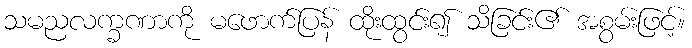
သမညလက္ခဏာကို မဖောက်ပြန် ထိုးထွင်း၍ သိခြင်း၏ အစွမ်းဖြင့်။